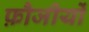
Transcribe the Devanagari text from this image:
फ़ौजीयों